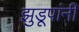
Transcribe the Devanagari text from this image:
झुडूपांनी